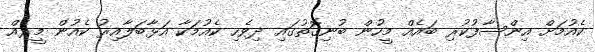
ކެއުމަށް އިންސާފުކުރި ބައެއް މީހުން ބުނިގޮތުގައި ދިވެހި ކެއުމަކާ އަޅާބަލާއިރުު ކެއުން މީރެއް